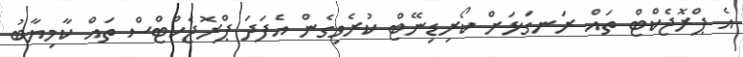
އެ ޕްރޮޖެކްޓް ތައް ރަނގަޅަށް ކޯރިޑިނޭޓް ކުރެވިގެން އެފަަދަ ޕްރޮޖެކްޓްސް ތައް ކާމިޔާބު